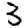
Digit: 3